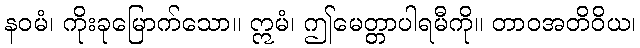
နဝမံ၊ ကိုးခုမြောက်သော။ ဣမံ၊ ဤမေတ္တာပါရမီကို။ တာဝအတိဝိယ၊